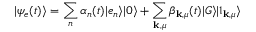
\vert \psi _ { e } ( t ) \rangle = \sum _ { n } \alpha _ { n } ( t ) \vert e _ { n } \rangle \vert 0 \rangle + \sum _ { \mathbf { k } , \mu } \beta _ { \mathbf { k } , \mu } ( t ) \vert G \rangle \vert 1 _ { \mathbf { k } , \mu } \rangle